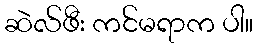
ဆဲလ်ဖီး ကင်မရာက ပါ။